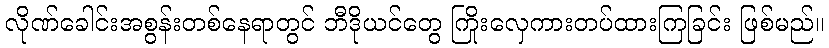
လိုဏ်ခေါင်းအစွန်းတစ်နေရာတွင် ဘီဒိုယင်တွေ ကြိုးလှေကားတပ်ထားကြခြင်း ဖြစ်မည်။